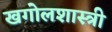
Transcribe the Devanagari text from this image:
खगोलशास्‍त्री